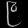
Digit: ၉